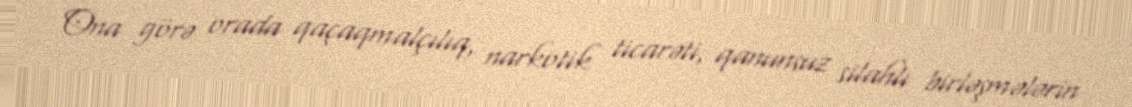
Ona görə orada qaçaqmalçılıq, narkotik ticarəti, qanunsuz silahlı birləşmələrin